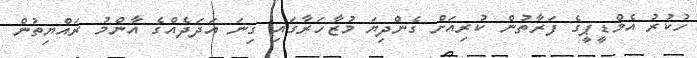
ހުކުރު އެމްޑީޕީގެ ފަރާތުން ކުރިއަށް ގެންދިޔަ މުޒާހަރާގައި ގިނަ އަދަދެއްގެ އާންމު ރައްޔިތުން